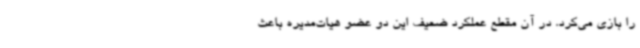
را بازی می‌کرد. در آن مقطع عملکرد ضعیف این دو عضو هیات‌مدیره باعث